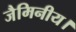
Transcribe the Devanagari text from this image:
जैमिनीय।